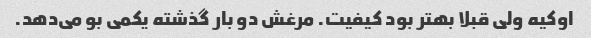
اوکیه ولی قبلا بهتر بود کیفیت. مرغش دو بار گذشته یکمی بو می‌دهد.